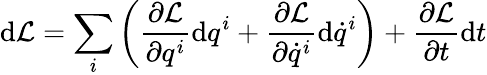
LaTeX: \mathrm{d}{\mathcal{L}}=\sum_{i}\left({\frac{\partial{\mathcal{L}}}{\partial q^{i}}}\mathrm{d}q^{i}+{\frac{\partial{\mathcal{L}}}{\partial{\dot{q}}^{i}}}\mathrm{d}{\dot{q}}^{i}\right)+{\frac{\partial{\mathcal{L}}}{\partial t}}\mathrm{d}t